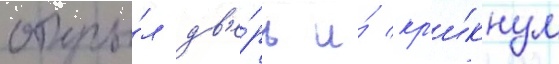
откры́л дв'е́рь и́ кр'и́кнул